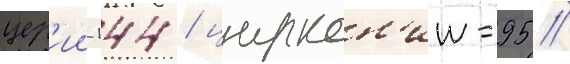
цер'ии-144 / циркон'ии-95 /